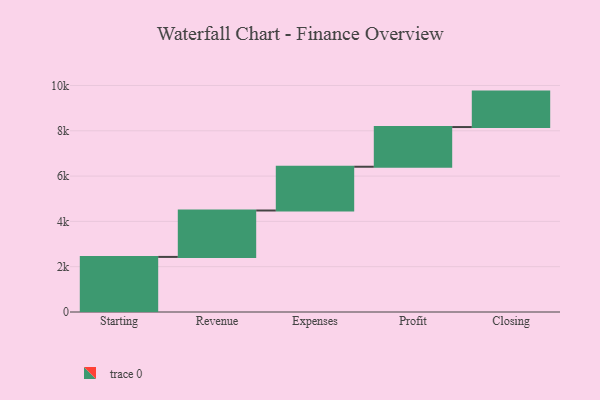
{"axis": {"x": "Step", "y": "Value"}, "legend": [""], "data": [{"x": "Starting", "y": 2432.0, "type": ""}, {"x": "Revenue", "y": 2049.0, "type": ""}, {"x": "Expenses", "y": 1932.0, "type": ""}, {"x": "Profit", "y": 1752.0, "type": ""}, {"x": "Closing", "y": 1565.0, "type": ""}]}